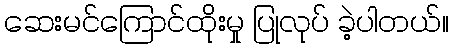
ဆေးမင်ကြောင်ထိုးမှု ပြုလုပ် ခဲ့ပါတယ်။